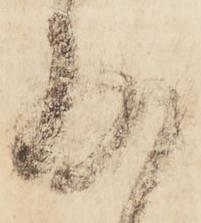
存